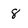
Character: 8